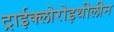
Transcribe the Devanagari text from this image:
ट्राईक्लोरोइथीलीन